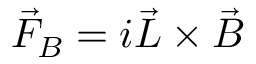
\vec { F } _ { B } = i \vec { L } \times \vec { B }